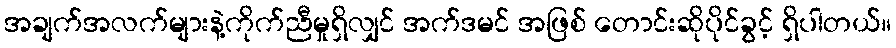
အချက်အလက်များနဲ့ကိုက်ညီမှုရှိလျှင် အက်ဒမင် အဖြစ် တောင်းဆိုပိုင်ခွင့် ရှိပါတယ်။